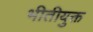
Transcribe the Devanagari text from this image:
भीतीयुक्त